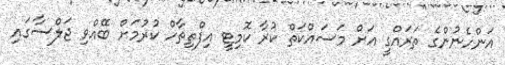
އަންހެނުންގެ ތަރައްގީ އަށް މަސައްކަތް ކުރާ ކޮމިޓީ އިފްތިތާހް ކުރުމަށް ބޭއްވި ޖަލްސާގައި